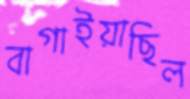
বাগাইয়াছিল